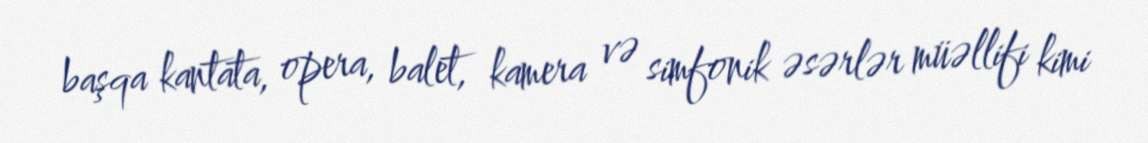
başqa kantata, opera, balet, kamera və simfonik əsərlər müəllifi kimi